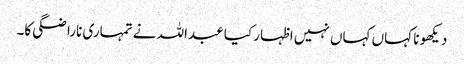
دیکھو نا کہاں کہاں نہیں اظہار کیا عبداللہ نے تمہاری ناراضگی کا۔